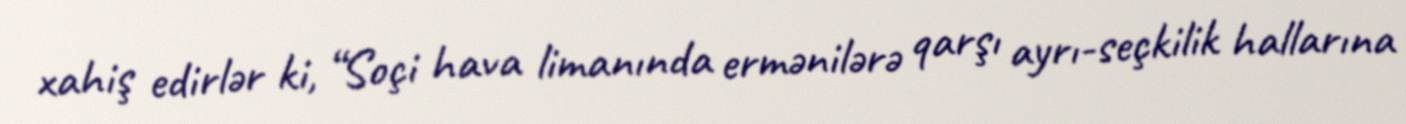
xahiş edirlər ki, “Soçi hava limanında ermənilərə qarşı ayrı-seçkilik hallarına